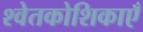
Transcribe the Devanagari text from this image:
श्वेतकोशिकाएँ